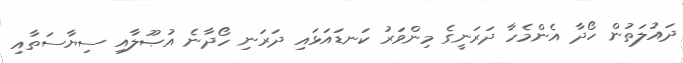
ދައުލަތުން ހޯދާ އެންމެހާ ދަރަނީގެ މިންވަރު ކަނޑައަޅައި ދަރަނި ހޯދާނެ އުޞޫލާއި ސިޔާސަތާއި